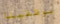
موظفينا